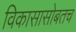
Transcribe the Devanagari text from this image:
विकासासोबतच